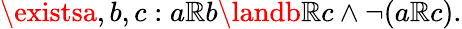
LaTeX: \existsa,b,c:a\mathbb{R}b\landb\mathbb{R}c\land\lnot(a\mathbb{R}c).